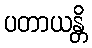
ပတာယန္တိ